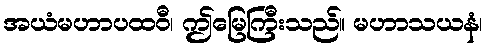
အယံမဟာပထဝီ၊ ဤမြေကြီးသည်။ မဟာသယနံ၊